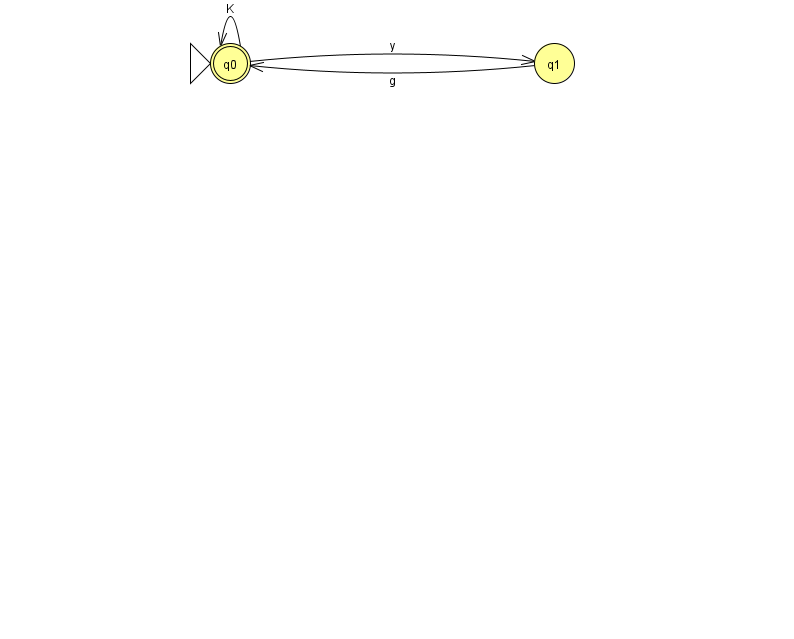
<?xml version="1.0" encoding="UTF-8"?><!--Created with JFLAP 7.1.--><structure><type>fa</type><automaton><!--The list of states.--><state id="0" name="q0"><x>230.0</x><y>50.0</y><initial/><final/></state><state id="1" name="q1"><x>554.0</x><y>50.0</y></state><!--The list of transitions.--><transition><from>0</from><to>1</to><read>y</read></transition><transition><from>1</from><to>0</to><read>g</read></transition><transition><from>0</from><to>0</to><read>K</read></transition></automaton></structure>